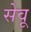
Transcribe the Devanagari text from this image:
सेवू